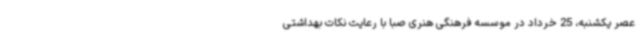
عصر یکشنبه، 25 خرداد در موسسه فرهنگی هنری صبا با رعایت نکات بهداشتی